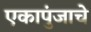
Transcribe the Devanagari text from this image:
एकापुंजाचे